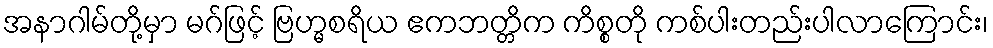
အနာဂါမ်တို့မှာ မဂ်ဖြင့် ဗြဟ္မစရိယ ဧကဘတ္တိက ကိစ္စတို ကစ်ပါးတည်းပါလာကြောင်း၊